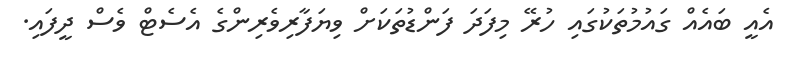
އެއީ ބައެއް ގައުމުތަކުގައި ހުރޭ މިފަދަ ފަންޑުތަކަށް ވިޔަފާރިވެރިންގެ އެސެޓް ވެސް ދީފައި.